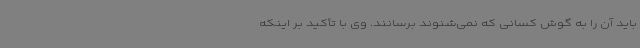
باید آن را به گوش کسانی که نمی‌شنوند برسانند. وی با تأکید بر اینکه